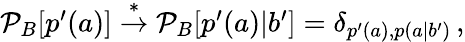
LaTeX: \begin{array}{r}{\mathcal{P}_{B}[p^{\prime}(a)]\stackrel{*}{\rightarrow}\mathcal{P}_{B}[p^{\prime}(a)|b^{\prime}]=\delta_{p^{\prime}(a),p(a|b^{\prime})}\, ,}\end{array}